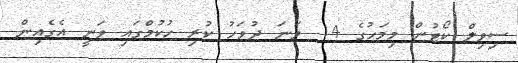
ސިވިލް ކޯޓުން މިމަހުގެ 14 ވަނަ ދުވަހު ކުރި ހުކުމްގައި ވަނީ އެގެއިން